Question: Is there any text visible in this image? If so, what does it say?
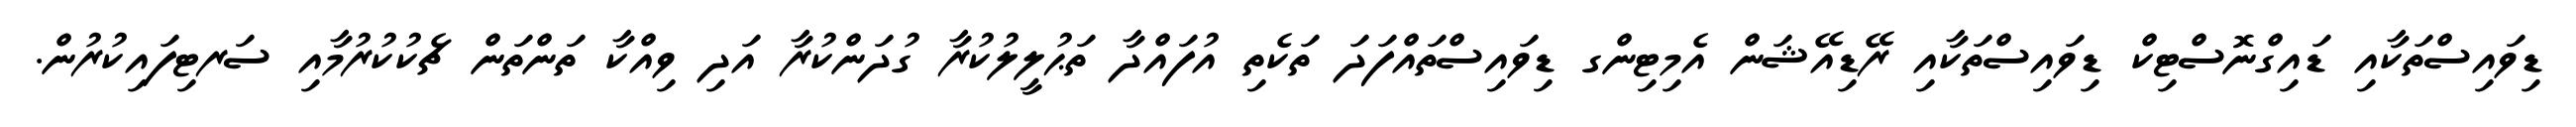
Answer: ޑިވައިސްތަކާއި ޑައިގްނޮސްޓިކް ޑިވައިސްތަކާއި ރޭޑިއޭޝަން އެމިޓިންގ ޑިވައިސްތައްފަދަ ތަކެތި އުފައްދާ ތަޙުލީލުކުރާ ގުދަންކުރާ އަދި ވިއްކާ ތަންތަން ޗެކުކުރުމާއި ސަރޓިފައިކުރުން.